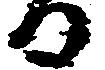
る